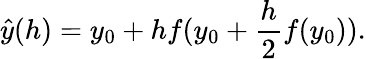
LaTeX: \hat{y}(h)=y_{0}+hf(y_{0}+\frac{h}{2}f(y_{0})).